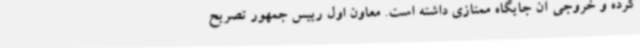
کرده و خروجی آن جایگاه ممتازی داشته است. معاون اول رییس جمهور تصریح